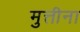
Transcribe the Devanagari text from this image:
मुत्तीना